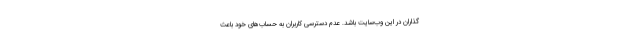
‌گذاران در این وب‌سایت باشد. عدم دسترسی کاربران به حساب‌های خود باعث